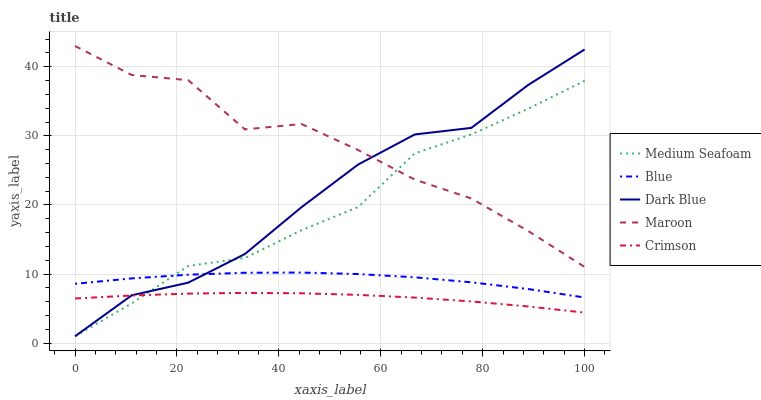
| xaxis_label | Medium Seafoam | Blue | Dark Blue | Maroon | Crimson |
 | --- | --- | --- | --- | --- | --- |
 | 0 | 1 | 8.59 | 1 | 43 | 6.46 |
 | 11.1 | 5.76 | 9.37 | 6.92 | 38.8 | 6.9 |
 | 22.2 | 11.2 | 9.91 | 8.76 | 38 | 7.17 |
 | 33.3 | 12.3 | 10.2 | 12.9 | 30.9 | 7.28 |
 | 44.4 | 16.3 | 10.2 | 19.7 | 31.7 | 7.22 |
 | 55.6 | 19.7 | 10 | 25.9 | 27.9 | 6.99 |
 | 66.7 | 27.5 | 9.53 | 30.2 | 23.7 | 6.6 |
 | 77.8 | 30.2 | 8.81 | 31.2 | 20.9 | 6.04 |
 | 88.9 | 33.9 | 7.83 | 37.3 | 16.2 | 5.31 |
 | 100 | 38 | 6.61 | 42.5 | 11 | 4.42 |